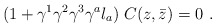
\begin{align*}(1 + \gamma^1\gamma^2 \gamma^3 \gamma^a l_a)\; C (z, \bar z)=0 \ .\end{align*}